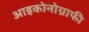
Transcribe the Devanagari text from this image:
आइकोनोग्राफी